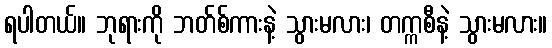
ရပါတယ်။ ဘုရားကို ဘတ်စ်ကားနဲ့ သွားမလား၊ တက္ကစီနဲ့ သွားမလား။